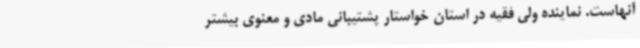
آنهاست. نماینده ولی فقیه در استان خواستار پشتیبانی مادی و معنوی بیشتر